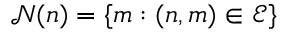
\mathcal { N } ( n ) = \{ m : ( n , m ) \in \mathcal { E } \}